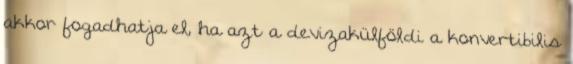
akkor fogadhatja el, ha azt a devizakülföldi a konvertibilis